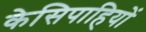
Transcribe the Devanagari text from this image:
केसिपाहियों